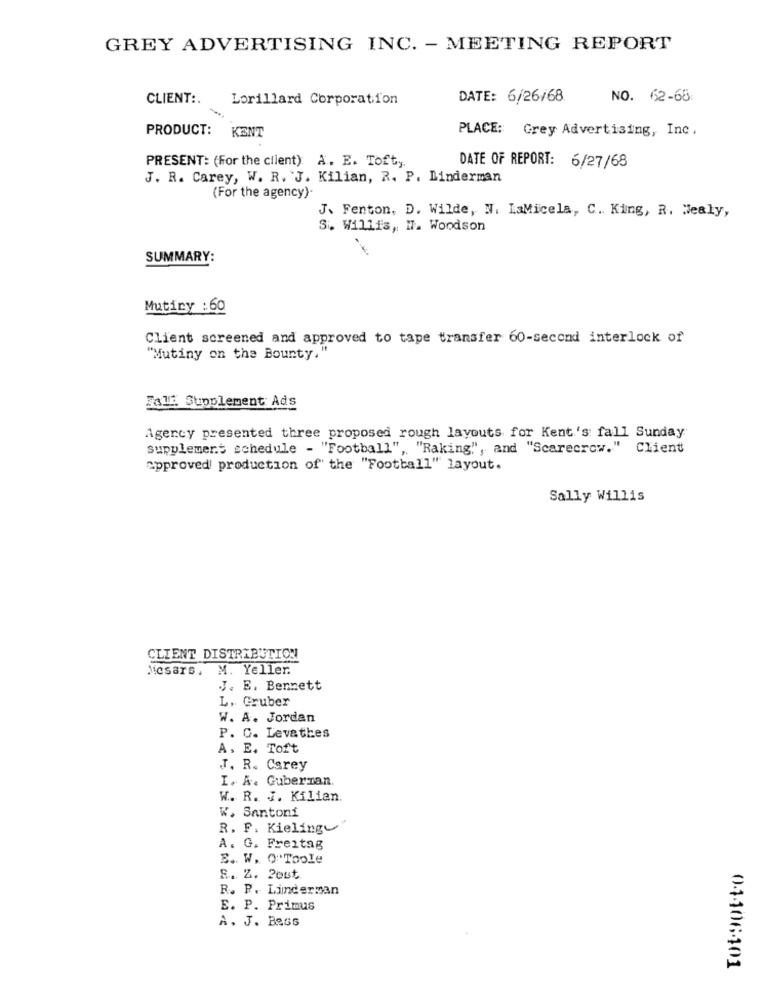
GREY ADVERTISING INC. - MEETING REPORT
CLIENT :.
Lorillard Corporation
DATE: 6/26/68
NO. 62-68
PLACE: Grey Advertising, Inc.
PRODUCT: KENT
PRESENT: (for the client). A. E. Toft ,.
DATE OF REPORT: 6/27/68
J. R. Carey, W. R. J. Kilian, R. P. Linderman
(For the agency)-
J. Fenton, D. Wilde, N. LaMicela, C. King, R. Wealy,
S. Willis, I. Woodson
SUMMARY:
Mutiny : 60
Client screened and approved to tape transfer 60-second interlock of
"Mutiny on the Bounty,"
Fall Supplement Ads
Agency presented three proposed rough layouts for Kent's fall Sunday
supplement schedule - "Football", "Raking", and "Scarecrow." Client
approved production of the "Football" layout.
Sally Willis
CLIENT DISTRIBUTION
Mesars. M. Yeller.
J. E. Bennett
L. Gruber
W. A. Jordan
P. C. Levathes
A, E. Toft
J. R. Carey
I. A. Guberman.
W. R. J. Kilian.
W. Santoni
R. F. Kieling
A. G. Freitag
E. W. O''Toole
R. Z. 2est
R. P. Linderman
E. P. Primus
A. J. Bass
04406401